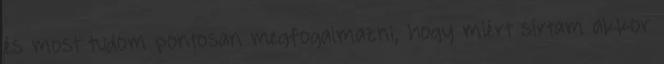
és most tudom pontosan megfogalmazni, hogy miért sírtam akkor